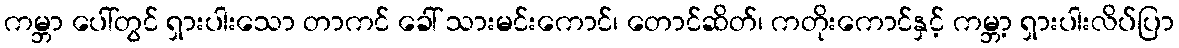
ကမ္ဘာ ပေါ်တွင် ရှားပါးသော တာကင် ခေါ် သားမင်းကောင်၊ တောင်ဆိတ်၊ ကတိုးကောင်နှင့် ကမ္ဘာ့ ရှားပါးလိပ်ပြာ